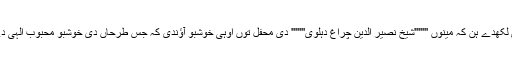
سیر الاولیاء دے لکھاری لکھدے ہن کہ مینوں '''''''شیخ نصیر الدین چراغ دہلوی''''''' دی محفل توں اوہی خوشبو آؤندی کہ جس طرحاں دی خوشبو محبوب الٰہی دے محفل توں آؤندی سی ۔